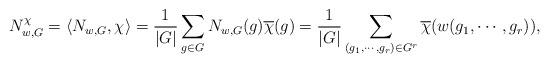
LaTeX: \begin{align*}N_{w,G}^{\chi}=\langle N_{w,G},\chi\rangle=\frac{1}{|G|}\sum_{g\in G}N_{w,G}(g)\overline{\chi}(g)=\frac{1}{|G|}\sum_{(g_{1},\cdots,g_{r})\in G^{r}}\overline{\chi}(w(g_{1},\cdots,g_{r})),\end{align*}